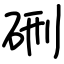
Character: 硎